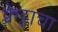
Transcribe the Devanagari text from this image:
क्वेट्टाचा